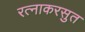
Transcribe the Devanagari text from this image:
रत्नाकरसुत